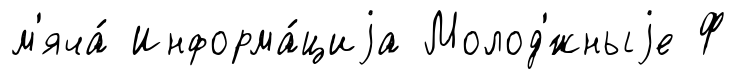
м'яча́ Информа́циjа Молод'́жныjе Ф